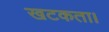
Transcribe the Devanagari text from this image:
खटकता।